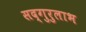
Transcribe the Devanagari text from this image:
सद्‌गुरुलाभ